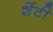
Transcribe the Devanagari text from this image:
शेंटी